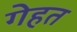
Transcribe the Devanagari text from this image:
गेहत